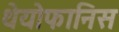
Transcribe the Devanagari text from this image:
थेयोफानिस